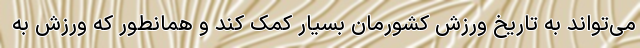
می‌تواند به تاریخ ورزش کشورمان بسیار کمک کند و همانطور که ورزش به